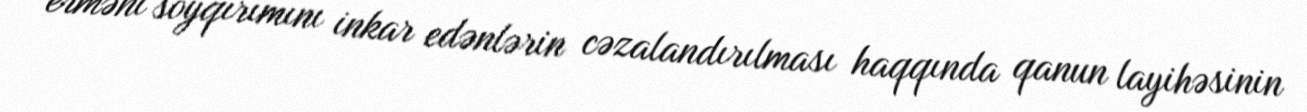
erməni soyqırımını inkar edənlərin cəzalandırılması haqqında qanun layihəsinin